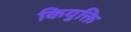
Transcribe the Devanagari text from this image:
कियुक्ति